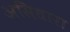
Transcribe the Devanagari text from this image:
असिधारा